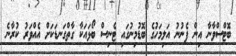
ބޮޓްސްވާނާ އިން ފެނުނު އަލިމަހުގެ ބޮޑުމިނުގައި ޓެނިސް ބޯޅައަކާ ގާތްގަނޑަކަށް އެއްވަރު ކުރާނެ